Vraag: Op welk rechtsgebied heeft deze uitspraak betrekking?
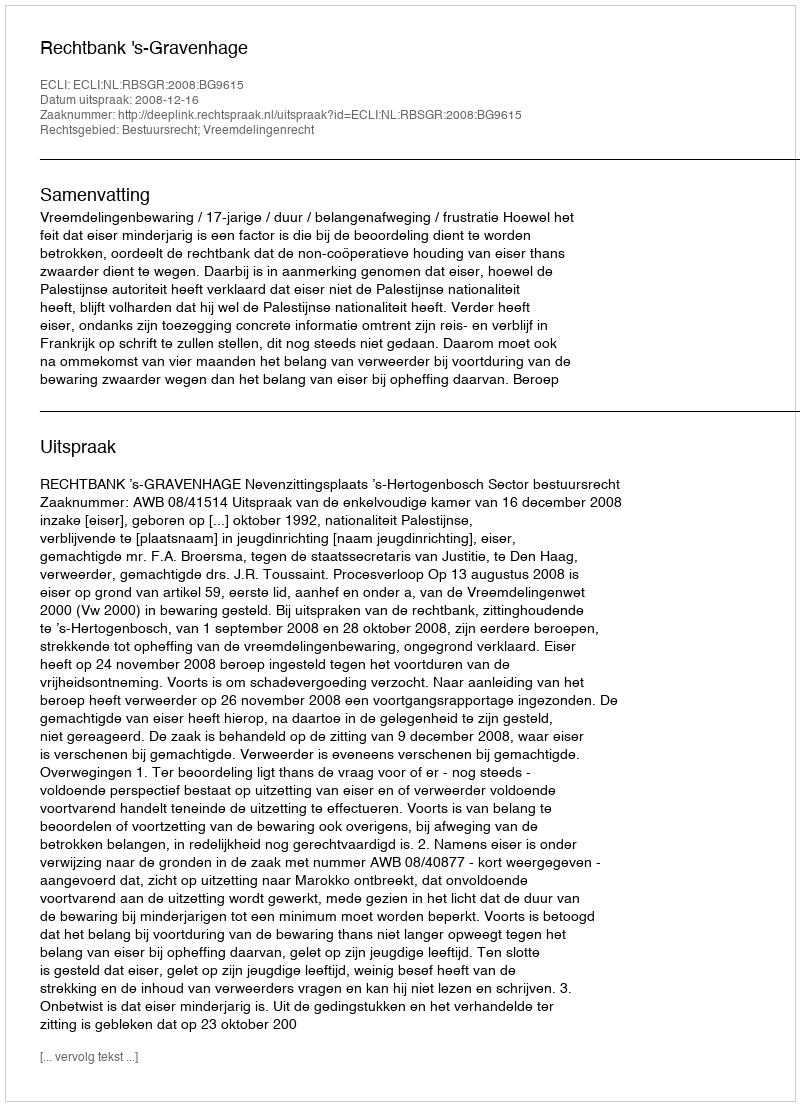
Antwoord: Bestuursrecht; Vreemdelingenrecht